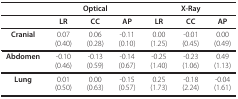
<table><thead><tr><td></td><td colspan="3"><b>Optical</b></td><td colspan="3"><b>X-Ray</b></td></tr></thead><tbody><tr><td></td><td><b>LR</b></td><td><b>CC</b></td><td><b>AP</b></td><td><b>LR</b></td><td><b>CC</b></td><td><b>AP</b></td></tr><tr><td><b>Cranial</b></td><td>0.07(0.40)</td><td>0.06(0.28)</td><td>-0.11(0.10)</td><td>0.00(1.25)</td><td>-0.01(0.45)</td><td>0.00(0.49)</td></tr><tr><td><b>Abdomen</b></td><td>-0.10(0.46)</td><td>-0.13(0.59)</td><td>-0.14(0.67)</td><td>-0.25(1.40)</td><td>-0.23(1.06)</td><td>0.49(1.13)</td></tr><tr><td><b>Lung</b></td><td>0.01(0.50)</td><td>0.00(0.63)</td><td>-0.15(0.57)</td><td>0.25(1.73)</td><td>-0.18(2.24)</td><td>-0.04(1.61)</td></tr></tbody></table>